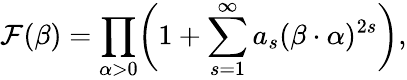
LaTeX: \mathcal{F}(\beta)=\prod_{\alpha>0}\biggl(1+\sum_{s=1}^{\infty}a_{s}(\beta\cdot\alpha)^{2s}\biggr),